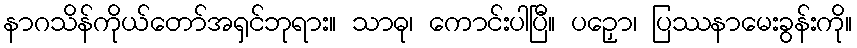
နာဂသိန်ကိုယ်တော်အရှင်ဘုရား။ သာဓု၊ ကောင်းပါပြီ။ ပဉှော၊ ပြဿနာမေးခွန်းကို။